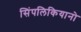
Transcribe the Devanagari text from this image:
सिंपलिकियानो